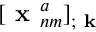
[ \textbf { x } _ { n m } ^ { a } ] _ { ; \textbf { k } }